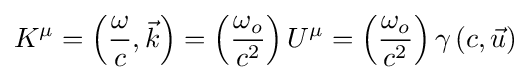
K^{\mu }=\left({\frac {\omega }{c}},{\vec {k}}\right)=\left({\frac {\omega _{o}}{c^{2}}}\right)U^{\mu }=\left({\frac {\omega _{o}}{c^{2}}}\right)\gamma \left(c,{\vec {u}}\right)